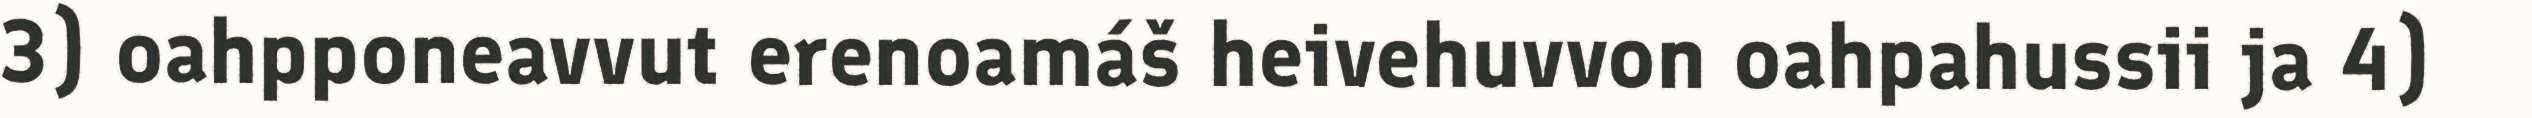
3) oahpponeavvut erenoamáš heivehuvvon oahpahussii ja 4)